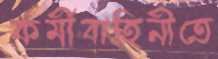
কর্মীবাহিনীতে